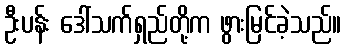
ဦးပန်း ဒေါ်သက်ရှည်တို့က ဖွားမြင်ခဲ့သည်။